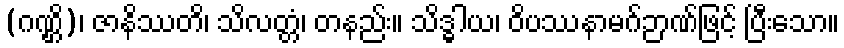
(ဂဏ္ဌိ)၊ ဇာနိဿတိ၊ သိလတ္တံ၊ တနည်း။ သိဒ္ဓါယ၊ ဝိပဿနာမဂ်ဉာဏ်ဖြင့် ပြီးသော။